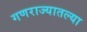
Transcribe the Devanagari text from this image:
गणराज्यातल्या